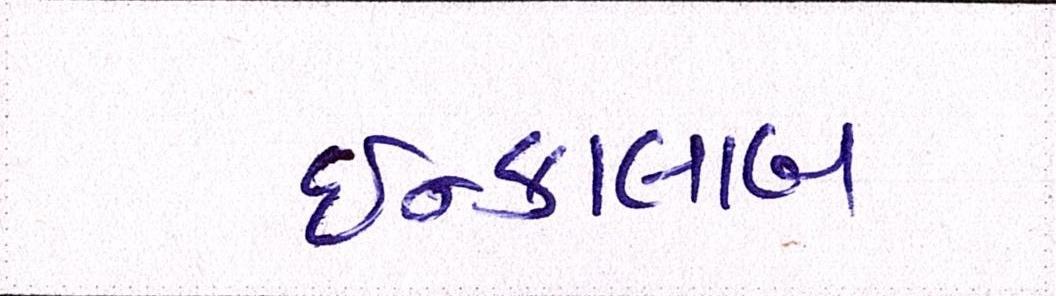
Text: ઇન્કાલાબ